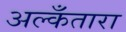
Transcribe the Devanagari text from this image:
अल्कँतारा